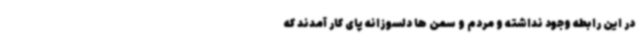
در این رابطه وجود نداشته و مردم و سمن ها دلسوزانه پای کار آمدند که